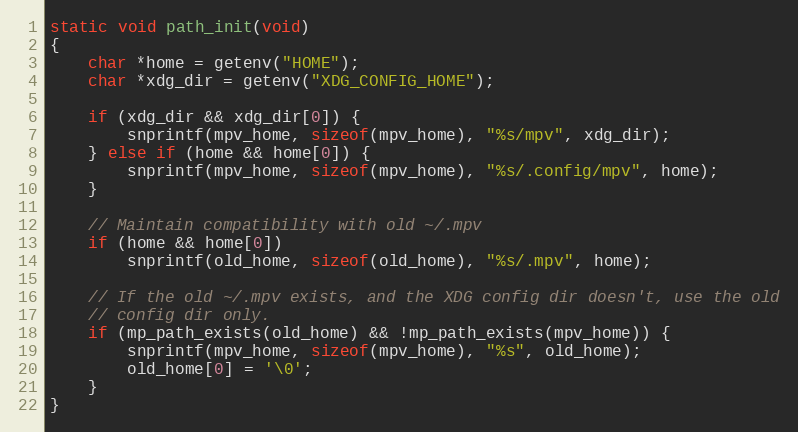
Language: C
static void path_init(void)
{
    char *home = getenv("HOME");
    char *xdg_dir = getenv("XDG_CONFIG_HOME");

    if (xdg_dir && xdg_dir[0]) {
        snprintf(mpv_home, sizeof(mpv_home), "%s/mpv", xdg_dir);
    } else if (home && home[0]) {
        snprintf(mpv_home, sizeof(mpv_home), "%s/.config/mpv", home);
    }

    // Maintain compatibility with old ~/.mpv
    if (home && home[0])
        snprintf(old_home, sizeof(old_home), "%s/.mpv", home);

    // If the old ~/.mpv exists, and the XDG config dir doesn't, use the old
    // config dir only.
    if (mp_path_exists(old_home) && !mp_path_exists(mpv_home)) {
        snprintf(mpv_home, sizeof(mpv_home), "%s", old_home);
        old_home[0] = '\0';
    }
}